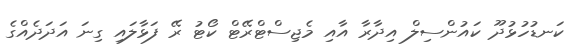
ކަނޑުހުޅުދޫ ކައުންސިލް އިދާރާ އާއި މެޖިސްޓްރޭޓް ކޯޓު ރޭ ފަޅާލައި ގިނަ އަދަދެއްގެ